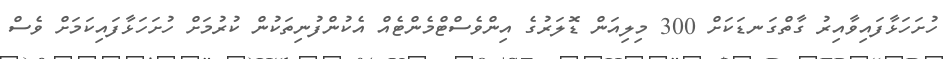
ހުށަހަޅާފައިވާއިރު ގާތްގަނޑަކަށް 300 މިލިއަން ޑޮލަރުގެ އިންވެސްޓްމެންޓެއް އެކުންފުނިތަކުން ކުރުމަށް ހުށަހަޅާފައިކަމަށް ވެސް